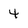
Character: 4